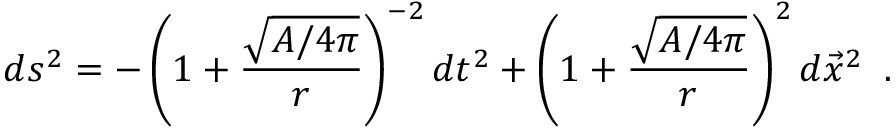
d s ^ { 2 } = - \left( 1 + { \frac { \sqrt { A / 4 \pi } } { r } } \right) ^ { - 2 } d t ^ { 2 } + \left( 1 + { \frac { \sqrt { A / 4 \pi } } { r } } \right) ^ { 2 } d \vec { x } ^ { 2 } \; \; .